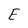
Character: E